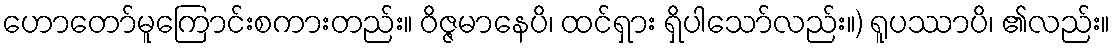
ဟောတော်မူကြောင်းစကားတည်း။ ဝိဇ္ဇမာနေပိ၊ ထင်ရှား ရှိပါသော်လည်း။) ရူပဿာပိ၊ ၏လည်း။